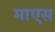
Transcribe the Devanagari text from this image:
माएस